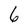
Character: 6